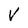
Character: V